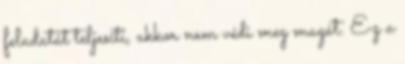
feladatát teljesíti, akkor nem védi meg magát. Ez a